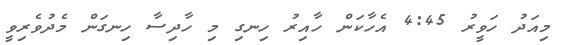
މިއަދު ހަވީރު 4:45 އެހާކަން ހާއިރު ހިނގި މި ހާދިސާ ހިނގަން މެދުވެރިވީ